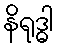
နိရုဒ္ဓါ